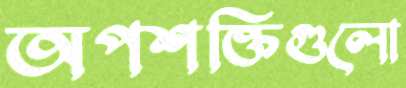
অপশক্তিগুলো